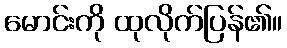
မောင်းကို ထုလိုက်ပြန်၏။